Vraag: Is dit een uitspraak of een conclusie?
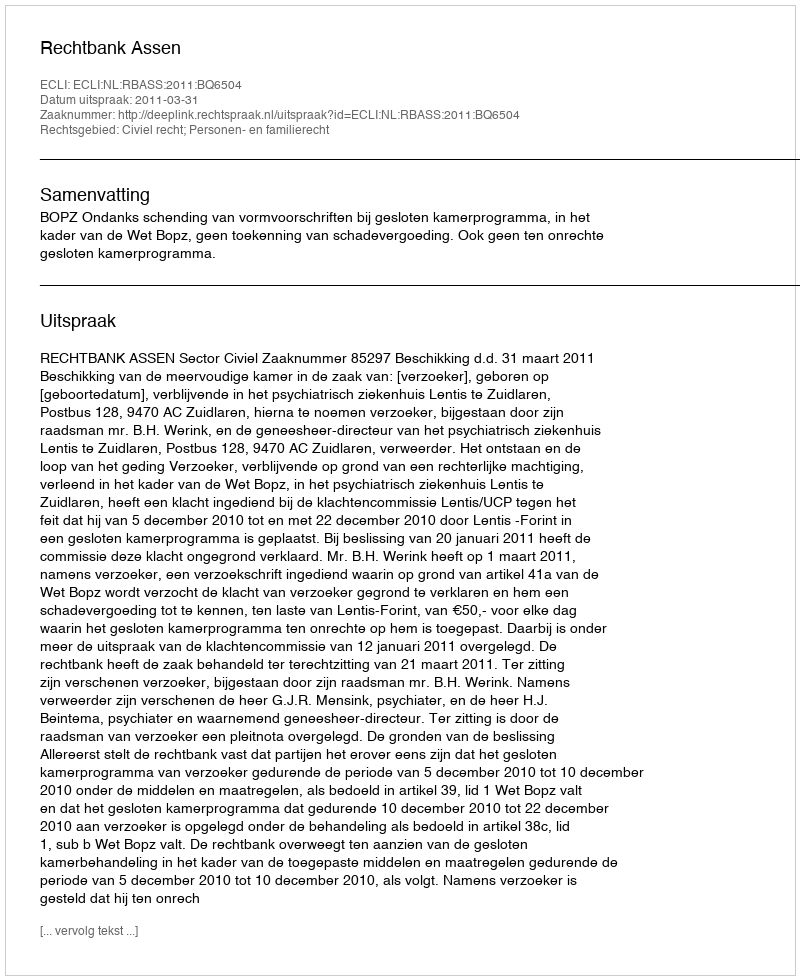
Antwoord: Uitspraak